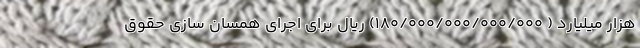
هزار میلیارد ( ۱۸۰/۰۰۰/۰۰۰/۰۰۰/۰۰۰) ریال برای اجرای همسان سازی حقوق